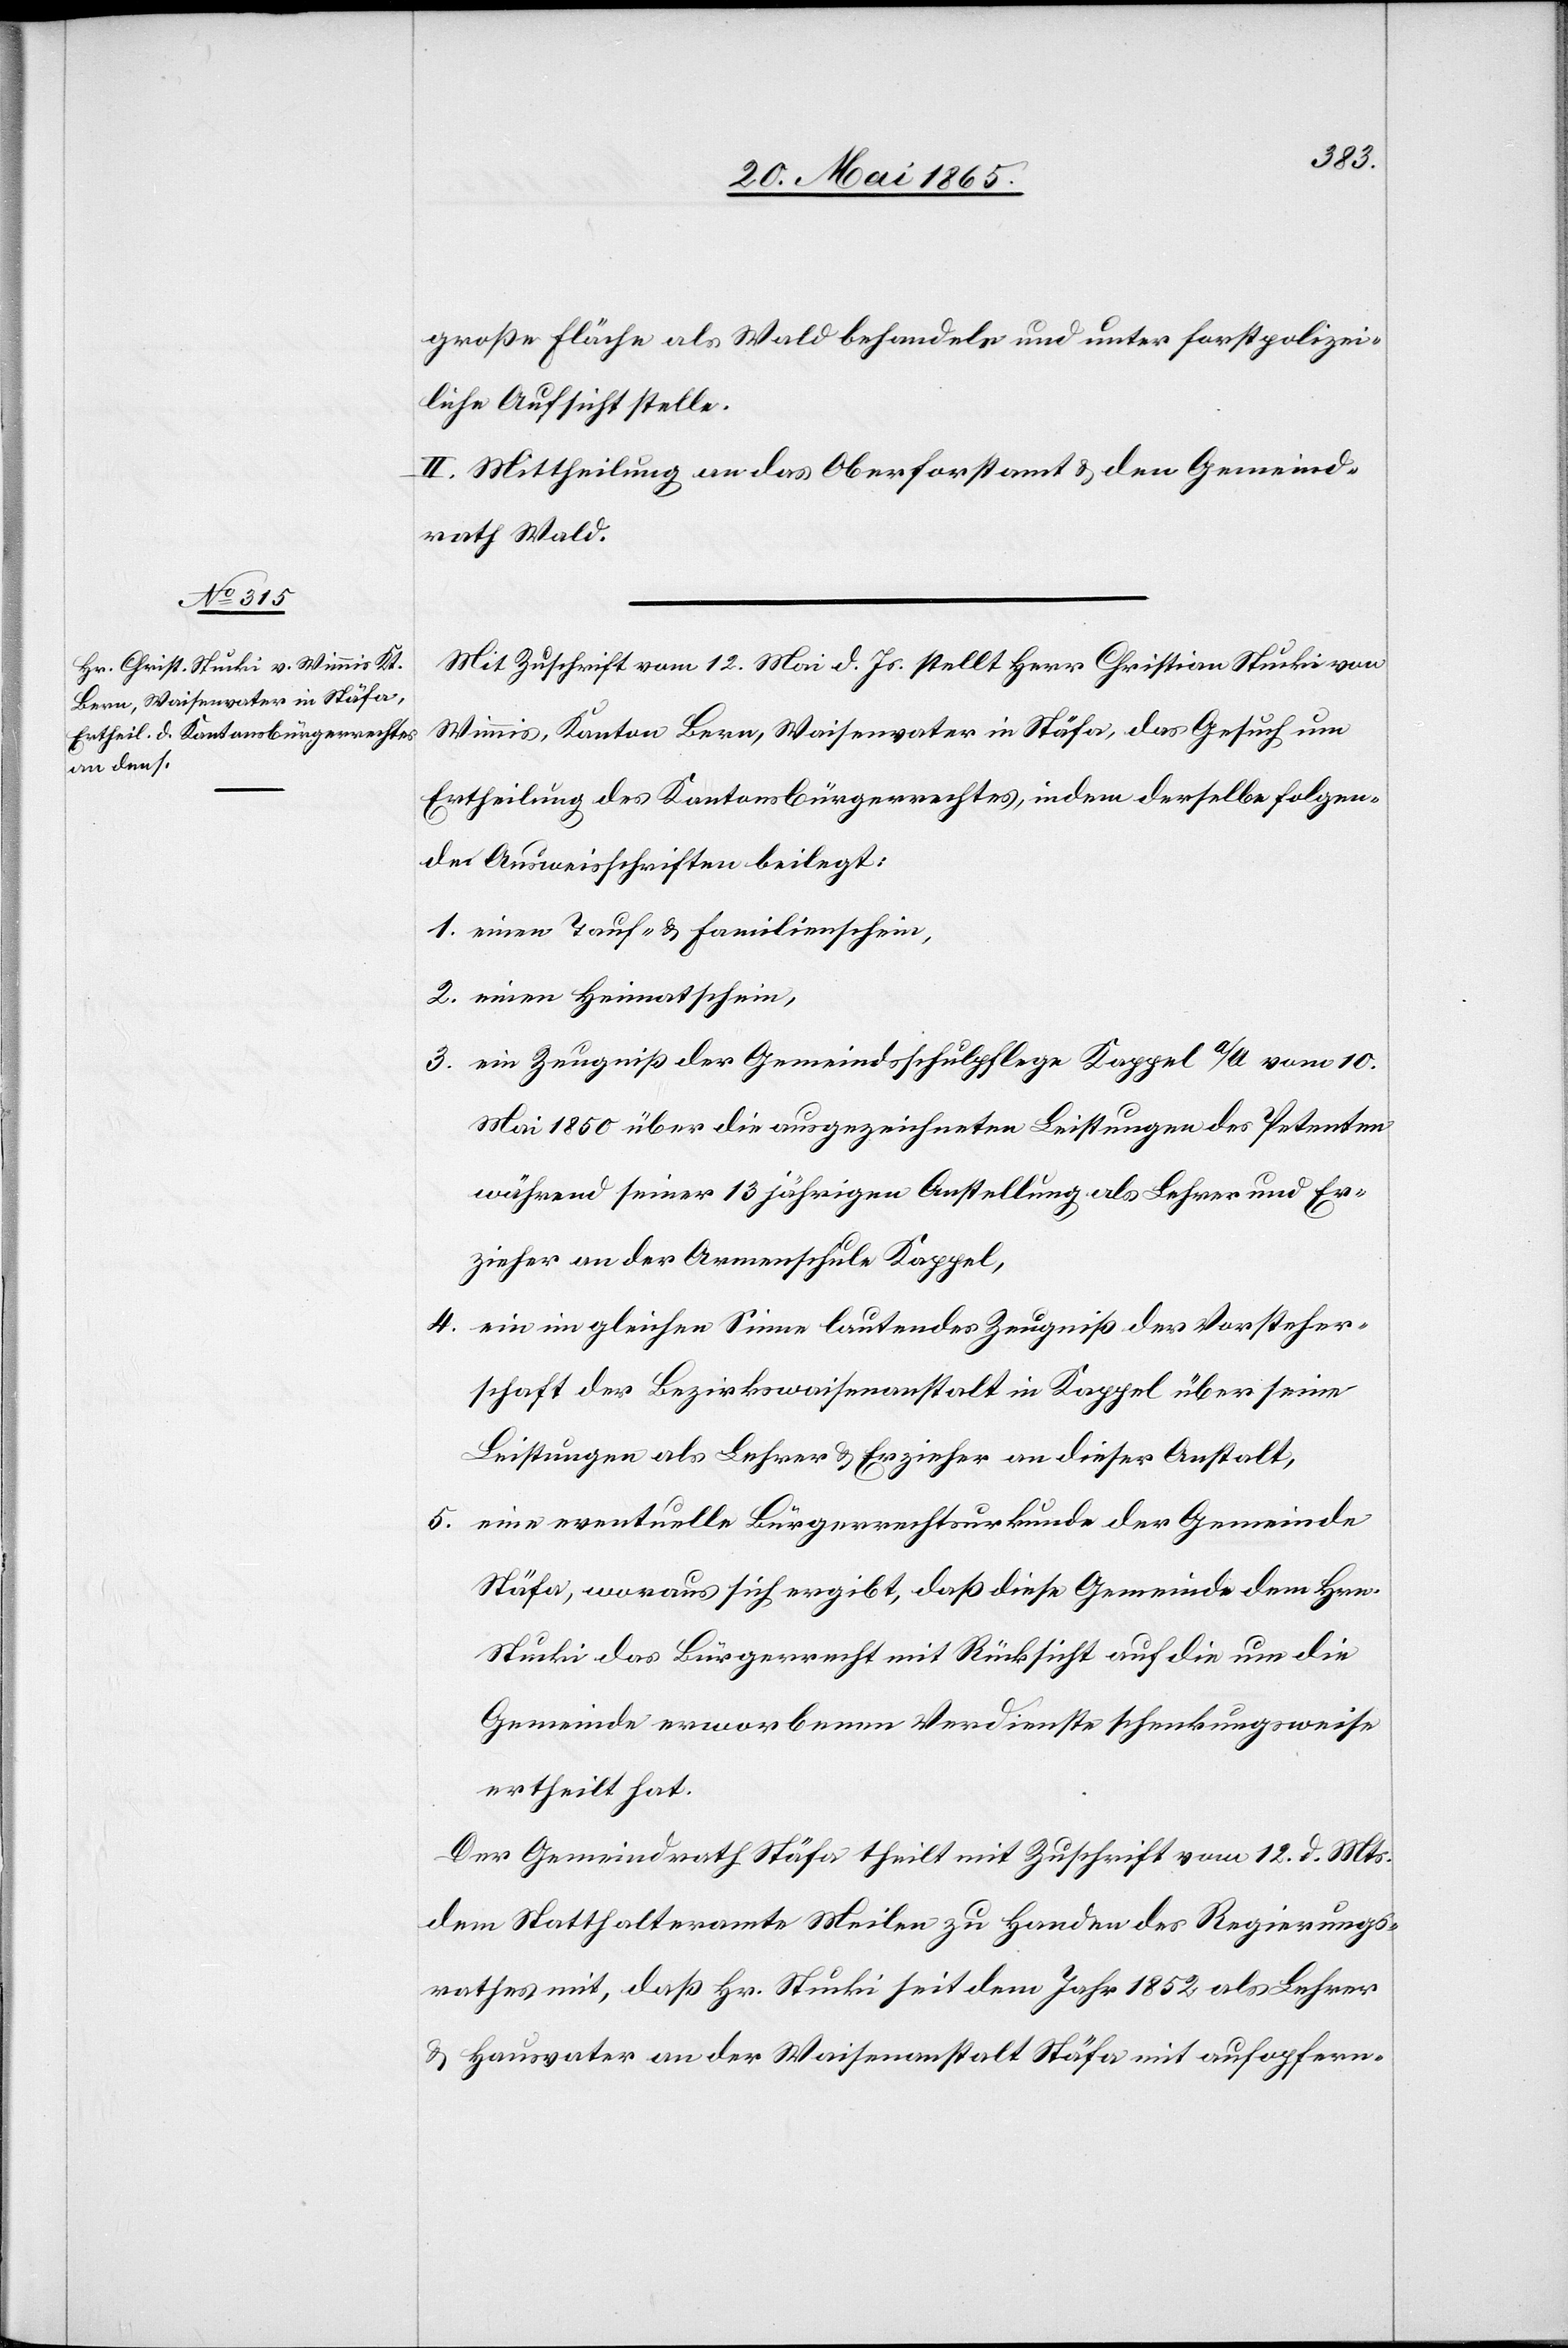
große Fläche als Wald behandeln und unter forstpolizei¬
liche Aufsicht stelle.
II. Mittheilung an das Oberforstamt & den Gemeind¬
rath Wald.
Mit Zuschrift vom 12. Mai d. Js. stellt Herr Christian Stucki von
Wimmis, Kanton Bern, Waisenvater in Stäfa, das Gesuch um
Ertheilung des Kantonsbürgerrechtes, indem derselbe folgen¬
de Ausweisschriften beilegt:
1. einen Tauf- & Familienschein,
2. einen Heimatschein,
3. ein Zeugniß der Gemeindsschulpflege Kappel a/A vom 10.
Mai 1850 über die ausgezeichneten Leistungen des Petenten
während seiner 13 jährigen Anstellung als Lehrer und Er¬
zieher an der Armenschule Kappel,
4. ein im gleichen Sinne lautendes Zeugniß des Vorsteher¬
schaft der Bezirkswaisenanstalt in Kappel über seine
Leistungen als Lehrer & Erzieher an dieser Anstalt,
5. eine eventuelle Bürgerrechtsurkunde der Gemeinde
Stäfa, woraus sich ergibt, daß diese Gemeinde dem Hrn.
Stucki das Bürgerrecht mit Rücksicht auf die um die
Gemeinde erworbenen Verdienste schenkungsweise
ertheilt hat.
Der Gemeindrath Stäfa theilt mit Zuschrift vom 12. d. Mts.
dem Statthalteramte Meilen zu Handen des Regierungs¬
rathes mit, daß Hr. Stucki seit dem Jahr 1852 als Lehrer
& Hausvater an der Waisenanstalt Stäfa mit aufopfern-